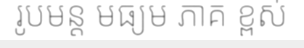
រូបមន្ត មធ្យម ភាគ ខ្ពស់